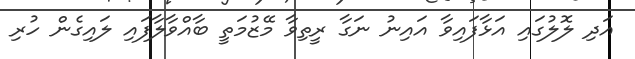
އަދި ލޮލުގައި އަޅާފައިވާ އައިނު ނަގާ ރީތިވާ މޭޒުމަތީ ބާއްވާލާފައި ލައިގެން ހުރި